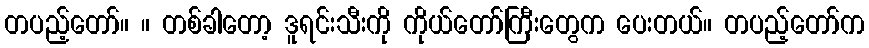
တပည့်တော်။ ။ တစ်ခါတော့ ဒူရင်းသီးကို ကိုယ်တော်ကြီးတွေက ပေးတယ်။ တပည့်တော်က